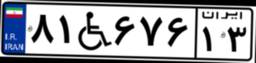
۸۱W۶۷۶۱۳